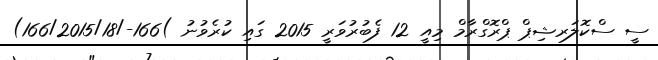
ސީ ސްކޮލަރޝިޕް ޕްރޮގްރާމް މިއީ 12 ފެބުރުވަރީ 2015 ގައި ކުރެވުނު )166-/166/2015/18)